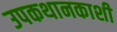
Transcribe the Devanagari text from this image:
उपकथानकाशी